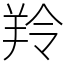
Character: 羚